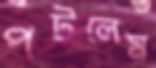
পটলেম